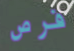
فرص